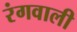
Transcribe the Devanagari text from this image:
रंगवाली